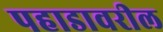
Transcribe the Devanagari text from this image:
पहाडावरील